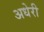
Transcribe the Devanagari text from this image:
अधेरी